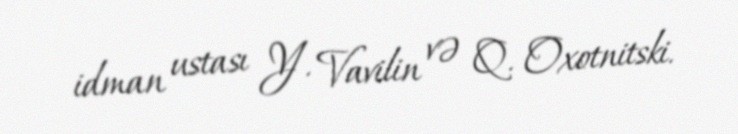
idman ustası Y. Vavilin və Q. Oxotnitski.